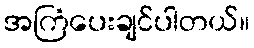
အကြံပေးချင်ပါတယ်။